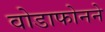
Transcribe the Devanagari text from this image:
वोडाफोनने